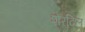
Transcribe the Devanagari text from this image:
शेरदिल